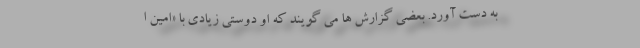
به دست آورد. بعضی گزارش ها می‌ گویند که او دوستی زیادی با «امین ا